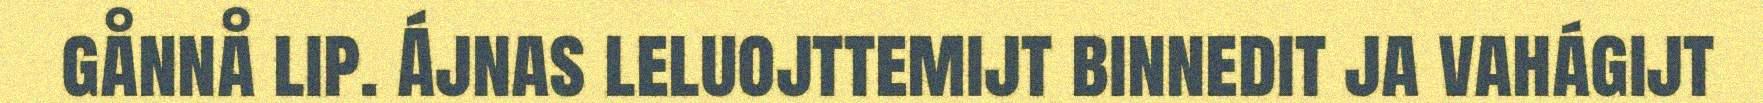
gånnå lip. Ájnas leluojttemijt binnedit ja vahágijt